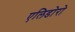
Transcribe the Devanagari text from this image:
एलिडोरो